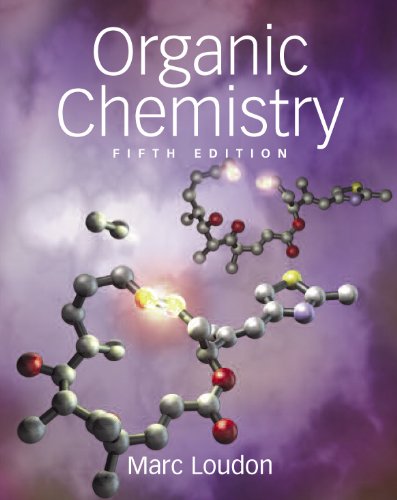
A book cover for Organic Chemistry, 5th Edition; Marc Loudon; Science & Math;